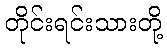
တိုင်းရင်းသားတို့